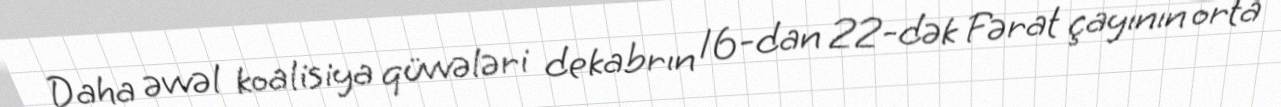
Daha əvvəl koalisiya qüvvələri dekabrın 16-dan 22-dək Fərat çayının orta